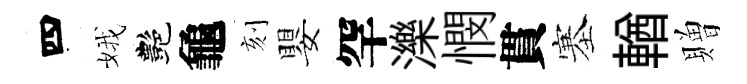
四娥艷龜刻嬰罕濼憫貫塞輶贈